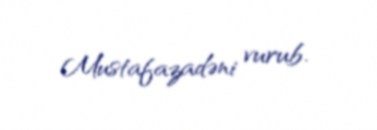
Mustafazadəni vurub.